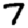
Digit: 7